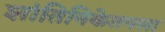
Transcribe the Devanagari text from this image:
शांतिनिकेतनला